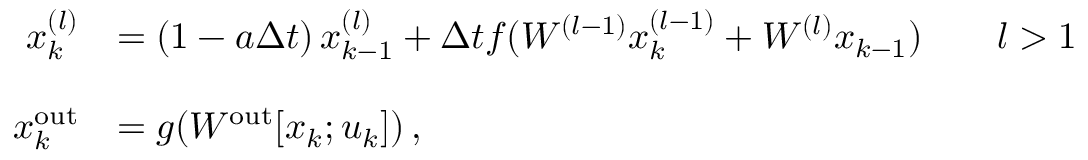
\begin{array} { r l } { x _ { k } ^ { ( l ) } } & { = \left( 1 - a \Delta t \right) x _ { k - 1 } ^ { ( l ) } + \Delta t f ( W ^ { ( l - 1 ) } x _ { k } ^ { ( l - 1 ) } + W ^ { ( l ) } x _ { k - 1 } ) \qquad l > 1 } \\ & { } \\ { x _ { k } ^ { \mathrm { o u t } } } & { = g ( W ^ { \mathrm { o u t } } [ x _ { k } ; u _ { k } ] ) \, , } \end{array}